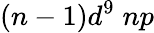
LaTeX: (n-1)d^{9}\; np